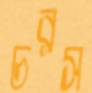
চরস